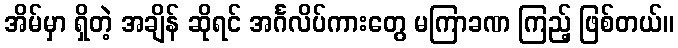
အိမ်မှာ ရှိတဲ့ အချိန် ဆိုရင် အင်္ဂလိပ်ကားတွေ မကြာခဏ ကြည့် ဖြစ်တယ်။